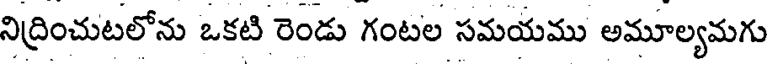
నిద్రించుటలోను ఒకటి రెండు గంటల సమయము అమూల్యమగు